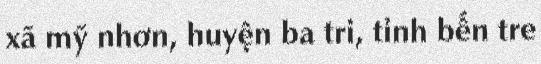
xã mỹ nhơn, huyện ba tri, tỉnh bến tre